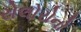
રોલોરોનો